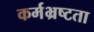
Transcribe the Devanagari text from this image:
कर्मभ्रष्टता